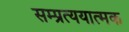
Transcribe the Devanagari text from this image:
सम्प्रत्ययात्मक